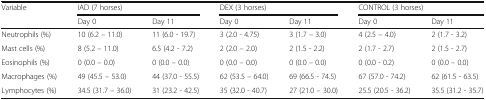
<table><thead><tr><td rowspan="2"><b>Variable</b></td><td colspan="2"><b>IAD (7 horses)</b></td><td colspan="2"><b>DEX (3 horses)</b></td><td colspan="2"><b>CONTROL (3 horses)</b></td></tr><tr><td><b>Day 0</b></td><td><b>Day 11</b></td><td><b>Day 0</b></td><td><b>Day 11</b></td><td><b>Day 0</b></td><td><b>Day 11</b></td></tr></thead><tbody><tr><td>Neutrophils (%)</td><td>10 (6.2 – 11.0)</td><td>11 (6.0 - 19.7)</td><td>3 (2.0 - 4.75)</td><td>3 (1.7 – 3.0)</td><td>4 (2.5 – 4.0)</td><td>2 (1.7 - 3.2)</td></tr><tr><td>Mast cells (%)</td><td>8 (5.2 – 11.0)</td><td>6.5 (4.2 - 7.2)</td><td>2 (2.0 – 2.0)</td><td>2 (1.5 - 2.2)</td><td>2 (1.7 - 2.7)</td><td>2 (1.5 - 2.7)</td></tr><tr><td>Eosinophils (%)</td><td>0 (0.0 – 0.0)</td><td>0 (0.0 – 0.0)</td><td>0 (0.0 – 0.0)</td><td>0 (0.0 – 0.0)</td><td>0 (0.0 - 0.2)</td><td>0 (0.0 – 0.0)</td></tr><tr><td>Macrophages (%)</td><td>49 (45.5 – 53.0)</td><td>44 (37.0 - 55.5)</td><td>62 (53.5 – 64.0)</td><td>69 (66.5 - 74.5)</td><td>67 (57.0 - 74.2)</td><td>62 (61.5 - 63.5)</td></tr><tr><td>Lymphocytes (%)</td><td>34.5 (31.7 – 36.0)</td><td>31 (23.2 - 42.5)</td><td>35 (32.0 - 40.7)</td><td>27 (21.0 – 30.0)</td><td>25.5 (20.5 - 36.2)</td><td>35.5 (31.2 - 35.7)</td></tr></tbody></table>